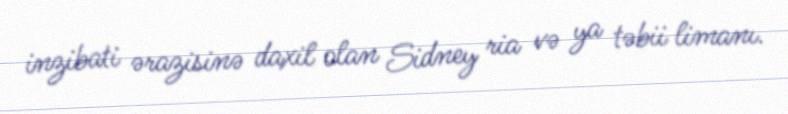
inzibati ərazisinə daxil olan Sidney ria və ya təbii limanı.